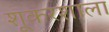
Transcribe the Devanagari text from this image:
शूकरशाला